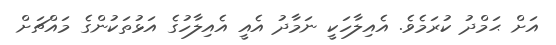
އަށް ޙަމްދު ކުރަމެވެ. އެއިލާހަކީ ނަމާދު އެއީ އެއިލާހުގެ އަޅުތަކުންގެ މައްޗަށް